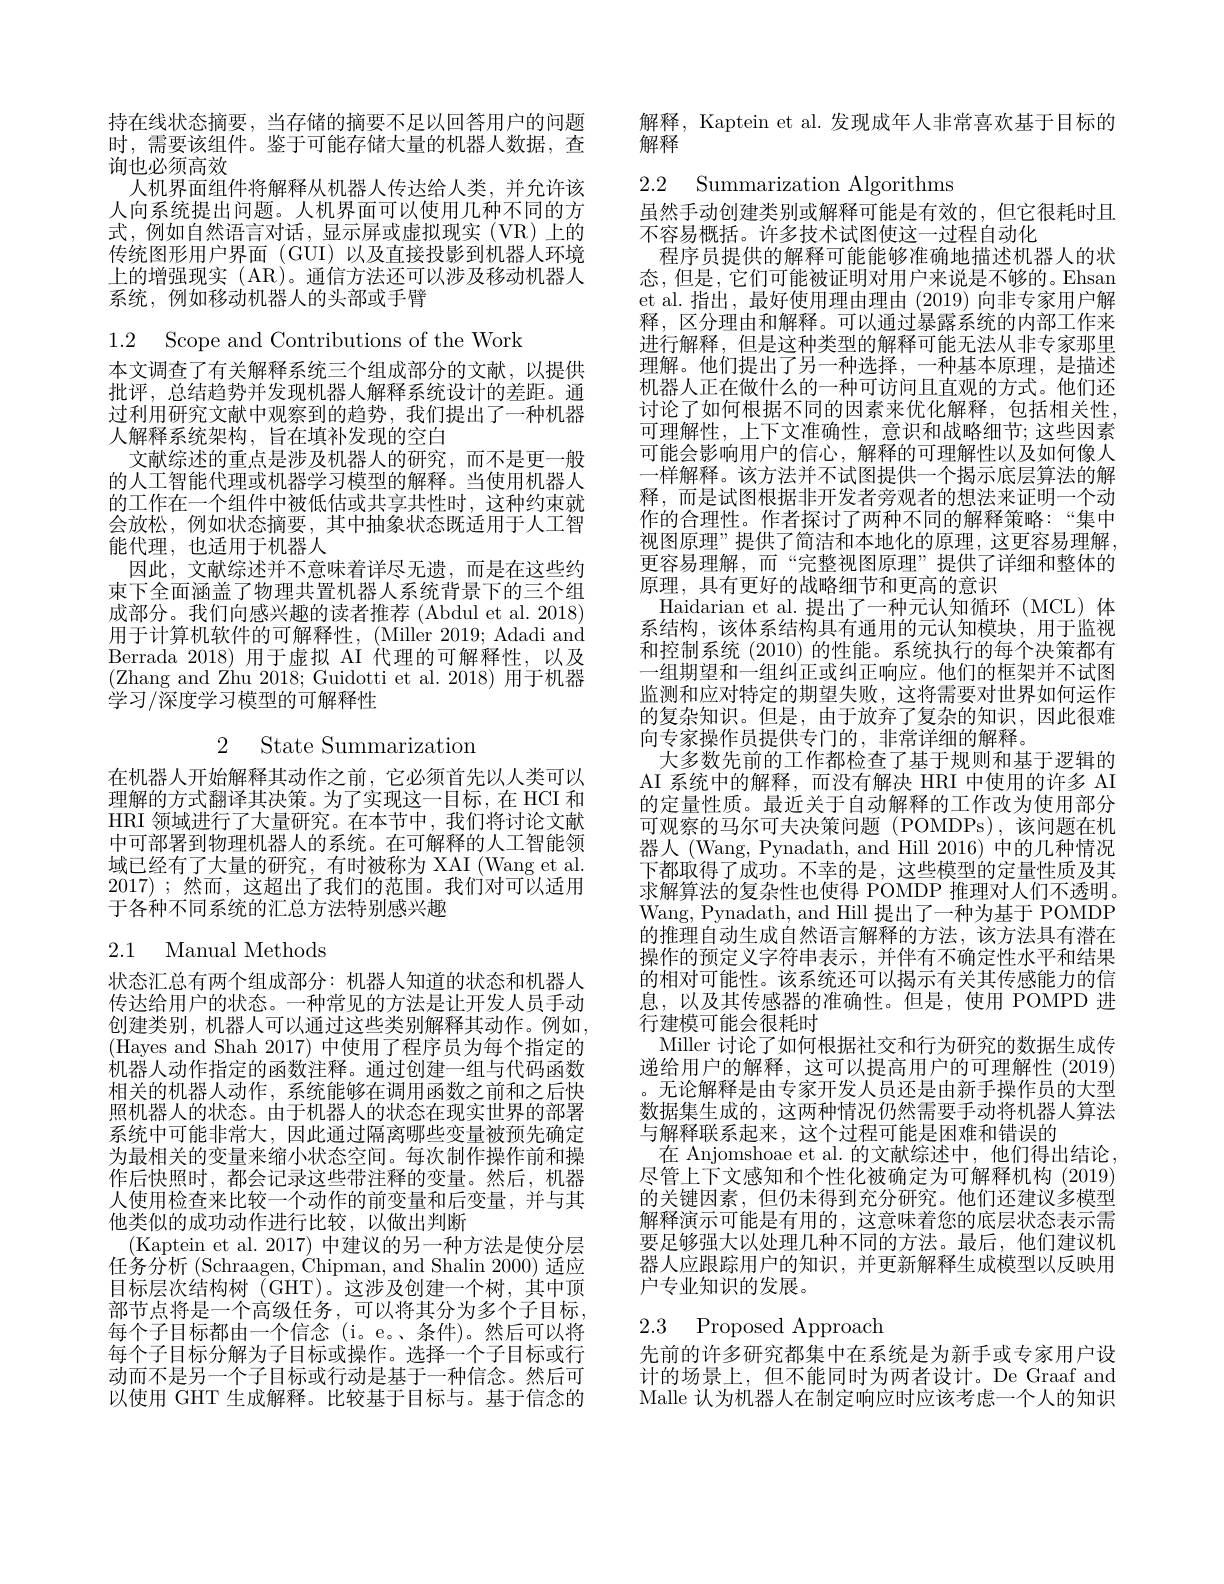
持在线状态摘要，当存储的摘要不足以回答用户的问题时，需要该组件。鉴于可能存储大量的机器人数据，查$\dot{\text{询也必须高效}}$
人机界面组件将解释从机器人传达给人类，并允许该人向系统提出问题。人机界面可以使用几种不同的方式，例如自然语言对话，显示屏或虚拟现实(VR)上的传统图形用户界面(GUI)以及直接投影到机器人环境上的增强现实 (AR)。通信方法还可以涉及移动机器人系统，例如移动机器人的头部或手臂

1.2 Scope and Contributions of the Work

本文调查了有关解释系统三个组成部分的文献，以提供批评，总结趋势并发现机器人解释系统设计的差距。通过利用研究文献中观察到的趋势，我们提出了一种机器人解释系统架构，旨在填补发现的空白
文献综述的重点是涉及机器人的研究，而不是更一般的人工智能代理或机器学习模型的解释。当使用机器人的工作在一个组件中被低估或共享共性时，这种约束就会放松，例如状态摘要，其中抽象状态既适用于人工智能代理，也适用于机器人
因此，文献综述并不意味着详尽无遗，而是在这些约束下全面涵盖了物理共置机器人系统背景下的三个组成部分。我们向感兴趣的读者推荐 (Abdul et al. 2018) 用于计算机软件的可解释性，(Miller 2019;Adadi and Berrada 2018)用于虚拟 AI 代理的可解释性，以及(Zhang and Zhu 2018; Guidotti et al.2018)用于机器$\bar{\text{学习}/\text{深度学习模型的可解释性}}$

2 State Summarization

在机器人开始解释其动作之前，它必须首先以人类可以理解的方式翻译其决策。为了实现这一目标，在 HCI 和HRI 领域进行了大量研究。在本节中，我们将讨论文献中可部署到物理机器人的系统。在可解释的人工智能领域已经有了大量的研究，有时被称为 XAI (Wang et al. 2017) ;然而，这超出了我们的范围。我们对可以适用于各种不同系统的汇总方法特别感兴趣

### 2.1 Manual Methods

状态汇总有两个组成部分：机器人知道的状态和机器人传达给用户的状态。一种常见的方法是让开发人员手动创建类别，机器人可以通过这些类别解释其动作。例如， (Hayes and Shah 2017) 中使用了程序员为每个指定的机器人动作指定的函数注释。通过创建一组与代码函数相关的机器人动作，系统能够在调用函数之前和之后快照机器人的状态。由于机器人的状态在现实世界的部署系统中可能非常大，因此通过隔离哪些变量被预先确定为最相关的变量来缩小状态空间。每次制作操作前和操作后快照时，都会记录这些带注释的变量。然后，机器人使用检查来比较一个动作的前变量和后变量，并与其他类似的成功动作进行比较，以做出判断
(Kaptein et al. 2017) 中建议的另一种方法是使分层任务分析 (Schraagen, Chipman, and Shalin 2000) 适应目标层次结构树(GHT)。这涉及创建一个树，其中顶部节点将是一个高级任务，可以将其分为多个子目标， 每个子目标都由一个信念(i。e。条件)。然后可以将每个子目标分解为子目标或操作。选择一个子目标或行动而不是另一个子目标或行动是基于一种信念。然后可以使用 GHT 生成解释。比较基于目标与。基于信念的

解释，Kaptein et al. 发现成年人非常喜欢基于目标的
解释

2.2 Summarization Algorithms

虽然手动创建类别或解释可能是有效的，但它很耗时且
不容易概括。许多技术试图使这一过程自动化
程序员提供的解释可能能够准确地描述机器人的状态，但是，它们可能被证明对用户来说是不够的。Ehsan et al.指出，最好使用理由理由(2019)向非专家用户解释，区分理由和解释。可以通过暴露系统的内部工作来进行解释，但是这种类型的解释可能无法从非专家那里理解。他们提出了另一种选择，一种基本原理，是描述机器人正在做什么的一种可访问且直观的方式。他们还讨论了如何根据不同的因素来优化解释，包括相关性， 可理解性，上下文准确性，意识和战略细节；这些因素可能会影响用户的信心，解释的可理解性以及如何像人一样解释。该方法并不试图提供一个揭示底层算法的解释，而是试图根据非开发者旁观者的想法来证明一个动作的合理性。作者探讨了两种不同的解释策略：“集中视图原理”提供了简洁和本地化的原理，这更容易理解， 更容易理解，而“完整视图原理”提供了详细和整体的原理，具有更好的战略细节和更高的意识
Haidarian et al.提出了一种元认知循环(MCL)体系结构，该体系结构具有通用的元认知模块，用于监视和控制系统 (2010) 的性能。系统执行的每个决策都有一组期望和一组纠正或纠正响应。他们的框架并不试图监测和应对特定的期望失败，这将需要对世界如何运作的复杂知识。但是，由于放弃了复杂的知识，因此很难向专家操作员提供专门的，非常详细的解释。
大多数先前的工作都检查了基于规则和基于逻辑的AI 系统中的解释，而没有解决 HRI 中使用的许多 AI 的定量性质。最近关于自动解释的工作改为使用部分可观察的马尔可夫决策问题(POMDPs),该问题在机器人 (Wang, Pynadath, and Hill 2016) 中的几种情况下都取得了成功。不幸的是，这些模型的定量性质及其求解算法的复杂性也使得 POMDP 推理对人们不透明。Wang, Pynadath, and Hill 提出了一种为基于 POMDP 的推理自动生成自然语言解释的方法，该方法具有潜在操作的预定义字符串表示，并伴有不确定性水平和结果的相对可能性。该系统还可以揭示有关其传感能力的信息，以及其传感器的准确性。但是，使用 POMPD 进行建模可能会很耗时
Miller 讨论了如何根据社交和行为研究的数据生成传递给用户的解释，这可以提高用户的可理解性(2019) 。无论解释是由专家开发人员还是由新手操作员的大型数据集生成的，这两种情况仍然需要手动将机器人算法与解释联系起来，这个过程可能是困难和错误的
在 Anjomshoae et al.的文献综述中，他们得出结论， 尽管上下文感知和个性化被确定为可解释机构(2019) 的关键因素，但仍未得到充分研究。他们还建议多模型解释演示可能是有用的，这意味着您的底层状态表示需要足够强大以处理几种不同的方法。最后，他们建议机器人应跟踪用户的知识，并更新解释生成模型以反映用户专业知识的发展。

## 2.3 Proposed Approach

先前的许多研究都集中在系统是为新手或专家用户设计的场景上，但不能同时为两者设计。De Graaf and Malle 认为机器人在制定响应时应该考虑一个人的知识